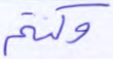
وكنتم